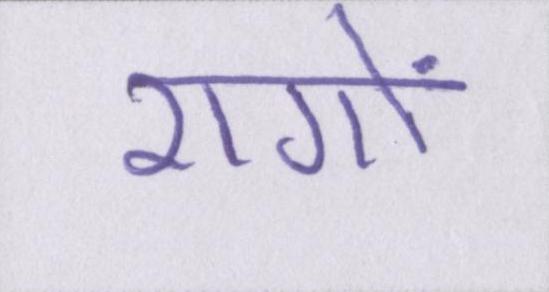
रागों